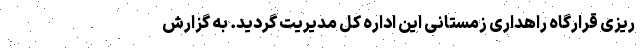
ریزی قرارگاه راهداری زمستانی این اداره کل مدیریت گردید. به گزارش